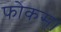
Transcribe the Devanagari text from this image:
फोकस।